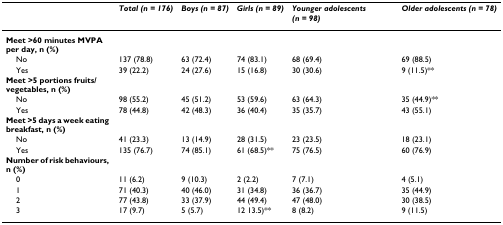
<table><thead><tr><td></td><td><b><i>Total (n = 176)</i></b></td><td><b><i>Boys (n = 87)</i></b></td><td><b><i>Girls (n = 89)</i></b></td><td><b><i>Younger adolescents (n = 98)</i></b></td><td><b><i>Older adolescents (n = 78)</i></b></td></tr></thead><tbody><tr><td><b>Meet &gt;60 minutes MVPA per day, n (%)</b></td><td></td><td></td><td></td><td></td><td></td></tr><tr><td> No</td><td>137 (78.8)</td><td>63 (72.4)</td><td>74 (83.1)</td><td>68 (69.4)</td><td>69 (88.5)</td></tr><tr><td> Yes</td><td>39 (22.2)</td><td>24 (27.6)</td><td>15 (16.8)</td><td>30 (30.6)</td><td>9 (11.5)**</td></tr><tr><td><b>Meet &gt;5 portions fruits/vegetables, n (%)</b></td><td></td><td></td><td></td><td></td><td></td></tr><tr><td> No</td><td>98 (55.2)</td><td>45 (51.2)</td><td>53 (59.6)</td><td>63 (64.3)</td><td>35 (44.9)**</td></tr><tr><td> Yes</td><td>78 (44.8)</td><td>42 (48.3)</td><td>36 (40.4)</td><td>35 (35.7)</td><td>43 (55.1)</td></tr><tr><td><b>Meet &gt;5 days a week eating breakfast, n (%)</b></td><td></td><td></td><td></td><td></td><td></td></tr><tr><td> No</td><td>41 (23.3)</td><td>13 (14.9)</td><td>28 (31.5)</td><td>23 (23.5)</td><td>18 (23.1)</td></tr><tr><td> Yes</td><td>135 (76.7)</td><td>74 (85.1)</td><td>61 (68.5)**</td><td>75 (76.5)</td><td>60 (76.9)</td></tr><tr><td><b>Number of risk behaviours, n (%)</b></td><td></td><td></td><td></td><td></td><td></td></tr><tr><td> 0</td><td>11 (6.2)</td><td>9 (10.3)</td><td>2 (2.2)</td><td>7 (7.1)</td><td>4 (5.1)</td></tr><tr><td> 1</td><td>71 (40.3)</td><td>40 (46.0)</td><td>31 (34.8)</td><td>36 (36.7)</td><td>35 (44.9)</td></tr><tr><td> 2</td><td>77 (43.8)</td><td>33 (37.9)</td><td>44 (49.4)</td><td>47 (48.0)</td><td>30 (38.5)</td></tr><tr><td> 3</td><td>17 (9.7)</td><td>5 (5.7)</td><td>12 13.5)**</td><td>8 (8.2)</td><td>9 (11.5)</td></tr></tbody></table>